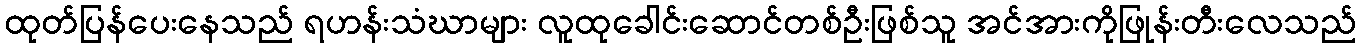
ထုတ်ပြန်ပေးနေသည် ရဟန်းသံဃာများ လူထုခေါင်းဆောင်တစ်ဦးဖြစ်သူ အင်အားကိုဖြုန်းတီးလေသည်